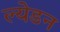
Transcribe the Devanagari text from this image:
ल्येडन